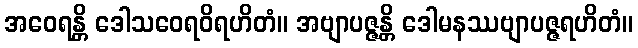
အဝေရန္တိ ဒေါသဝေရဝိရဟိတံ။ အဗျာပဇ္ဇန္တိ ဒေါမနဿဗျာပဇ္ဇရဟိတံ။